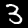
Digit: 3